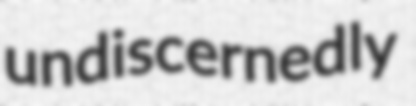
undiscernedly